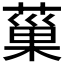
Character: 𦸛